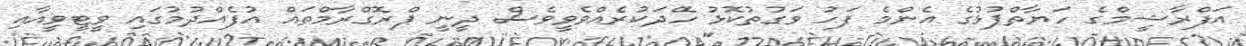
އަފްރާޝީމްގެ ހަޔާތްޕުޅުގެ އެންމެ ފަހު ވަގުތުކޮޅު ހޭދަކުރެއްވެވީވެސް ދީނީ ޕްރޮގްރާމްތައް އުފެއްދުމުގައި ވީޓީވީއާއި